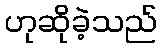
ဟုဆိုခဲ့သည်